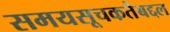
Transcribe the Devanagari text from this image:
समयसूचकतेबद्दल